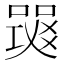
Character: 𤕧